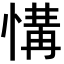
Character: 𢞡